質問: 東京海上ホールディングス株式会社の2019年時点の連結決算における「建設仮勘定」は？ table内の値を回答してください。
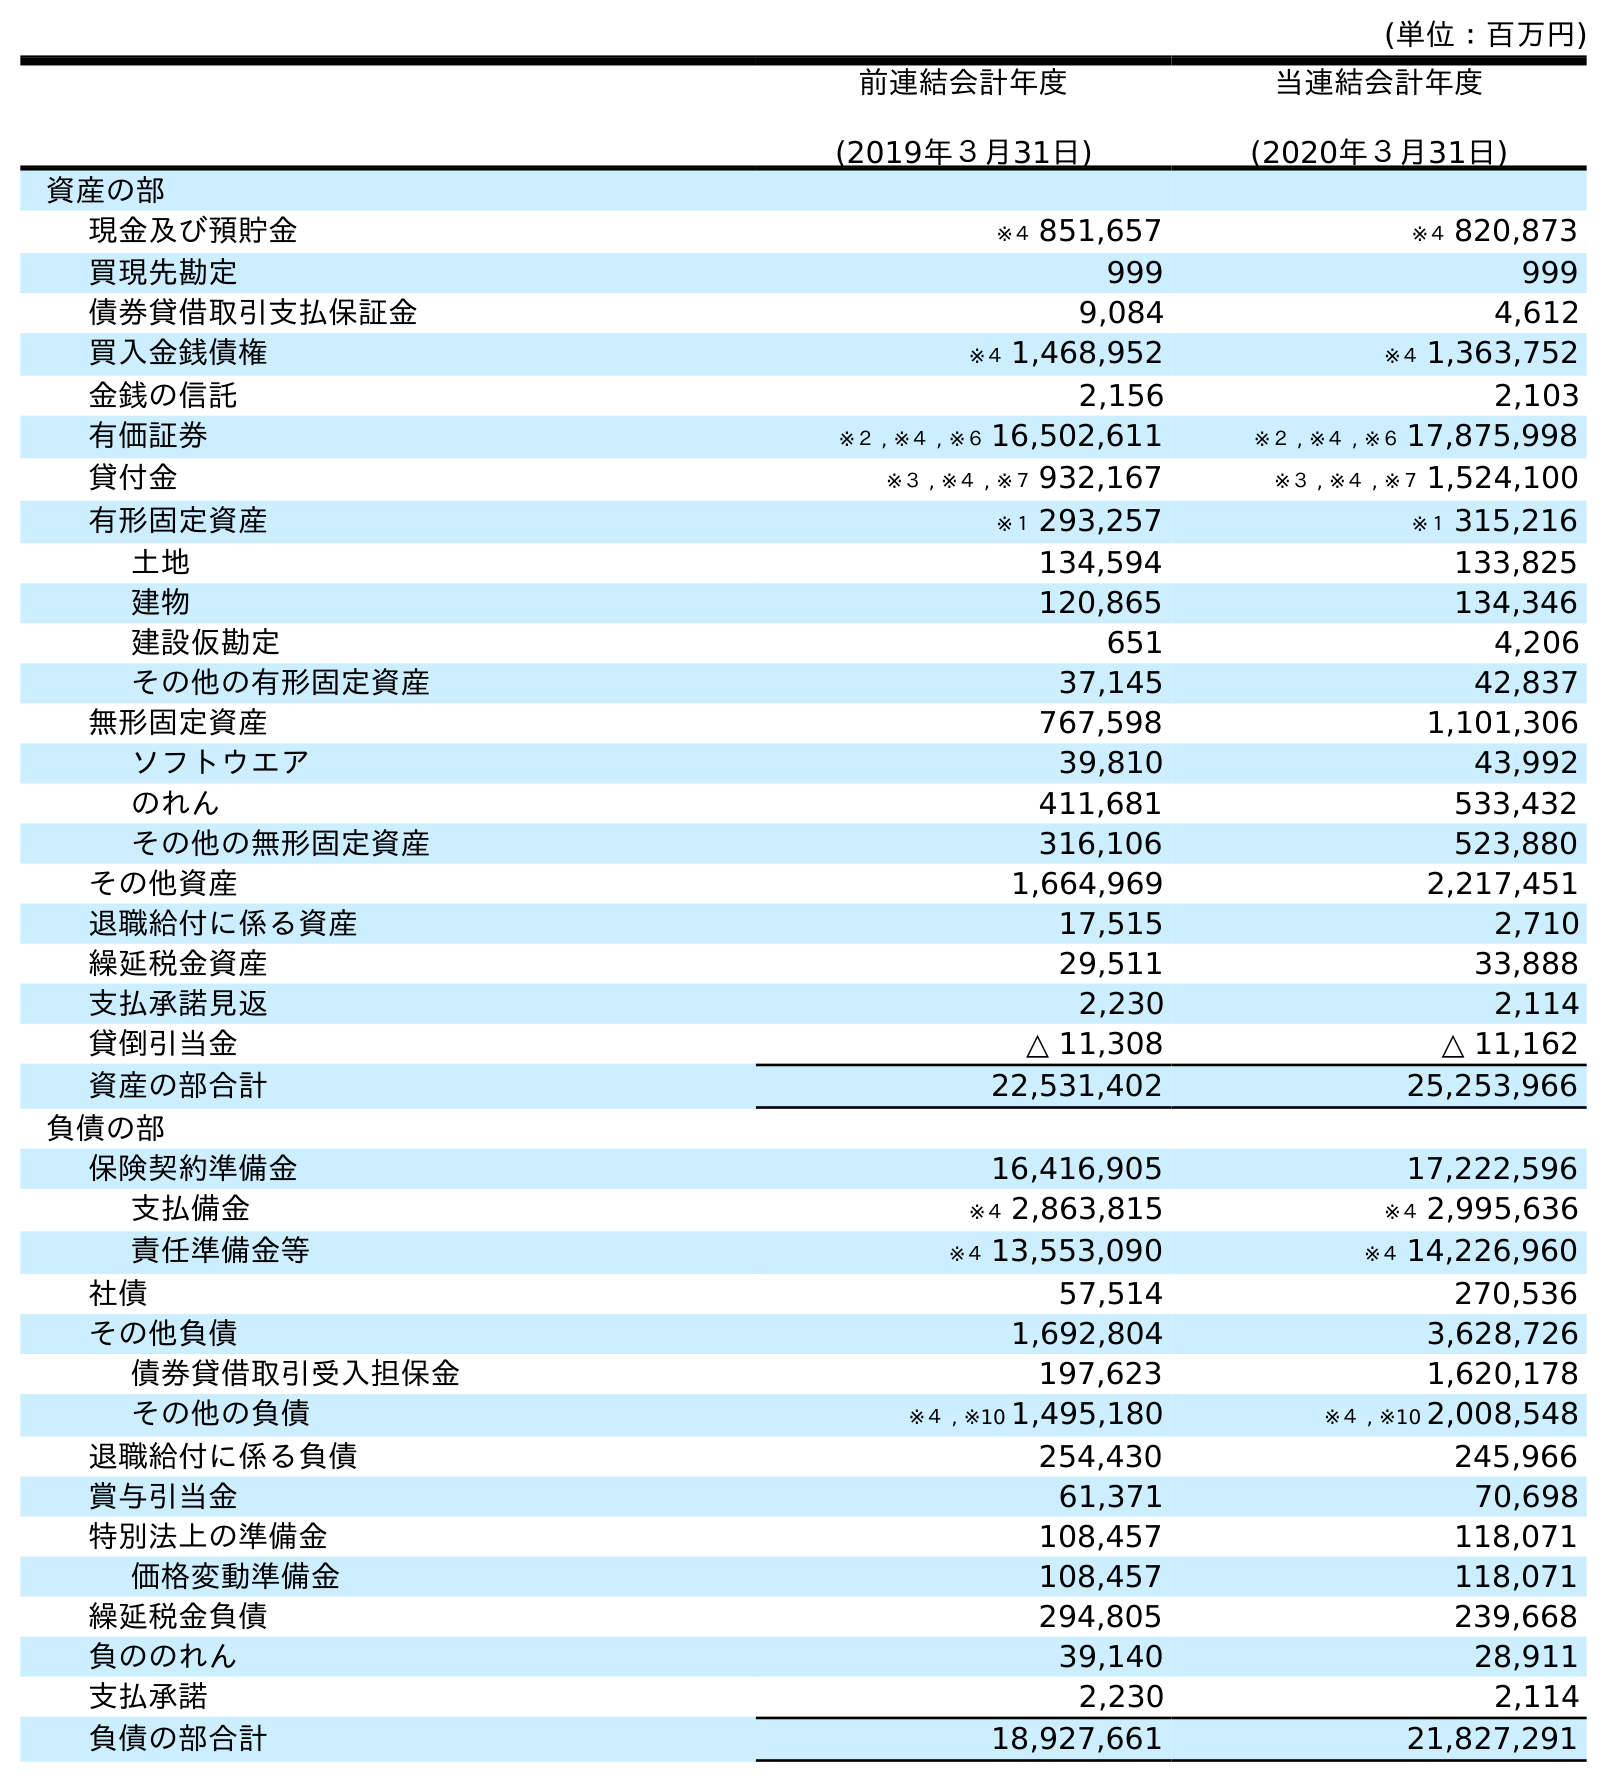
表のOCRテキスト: (単位：百万円) 前連結会計年度 (2019年３月31日) 当連結会計年度 (2020年３月31日) 資産の部 現金及び預貯金 ※４ 851,657 ※４ 820,873 買現先勘定 999 999 債券貸借取引支払保証金 9,084 4,612 買入金銭債権 ※４ 1,468,952 ※４ 1,363,752 金銭の信託 2,156 2,103 有価証券 ※２ , ※４ , ※６ 16,502,611 ※２ , ※４ , ※６ 17,875,998 貸付金 ※３ , ※４ , ※７ 932,167 ※３ , ※４ , ※７ 1,524,100 有形固定資産 ※１ 293,257 ※１ 315,216 土地 134,594 133,825 建物 120,865 134,346 建設仮勘定 651 4,206 その他の有形固定資産 37,145 42,837 無形固定資産 767,598 1,101,306 ソフトウエア 39,810 43,992 のれん 411,681 533,432 その他の無形固定資産 316,106 523,880 その他資産 1,664,969 2,217,451 退職給付に係る資産 17,515 2,710 繰延税金資産 29,511 33,888 支払承諾見返 2,230 2,114 貸倒引当金 △ 11,308 △ 11,162 資産の部合計 22,531,402 25,253,966 負債の部 保険契約準備金 16,416,905 17,222,596 支払備金 ※４ 2,863,815 ※４ 2,995,636 責任準備金等 ※４ 13,553,090 ※４ 14,226,960 社債 57,514 270,536 その他負債 1,692,804 3,628,726 債券貸借取引受入担保金 197,623 1,620,178 その他の負債 ※４ , ※10 1,495,180 ※４ , ※10 2,008,548 退職給付に係る負債 254,430 245,966 賞与引当金 61,371 70,698 特別法上の準備金 108,457 118,071 価格変動準備金 108,457 118,071 繰延税金負債 294,805 239,668 負ののれん 39,140 28,911 支払承諾 2,230 2,114 負債の部合計 18,927,661 21,827,291
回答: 651